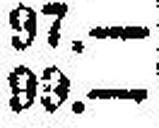
99.—